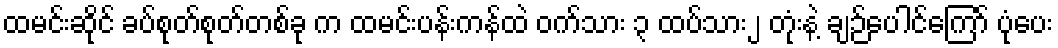
ထမင်းဆိုင် ခပ်စုတ်စုတ်တစ်ခု က ထမင်းပန်းကန်ထဲ ဝက်သား ၃ ထပ်သား၂ တုံးနဲ့ ချဉ်ပေါင်ကြော် ပုံပေး